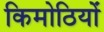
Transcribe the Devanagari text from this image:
किमोठियों